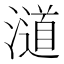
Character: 𣿪